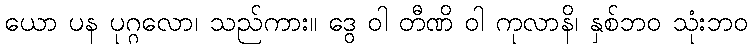
ယော ပန ပုဂ္ဂလော၊ သည်ကား။ ဒွေ ဝါ တီဏိ ဝါ ကုလာနိ၊ နှစ်ဘဝ သုံးဘဝ